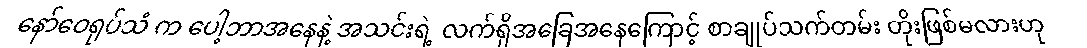
နော်ဝေရုပ်သံ က ပေါ့ဘာအနေနဲ့ အသင်းရဲ့ လက်ရှိအခြေအနေကြောင့် စာချုပ်သက်တမ်း တိုးဖြစ်မလားဟု